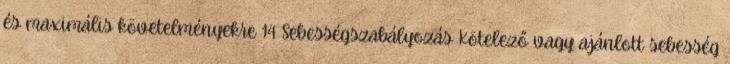
és maximális követelményekre 14 Sebességszabályozás Kötelező vagy ajánlott sebesség